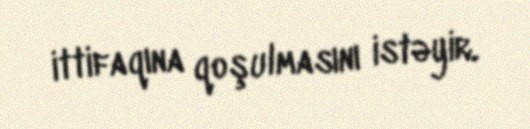
ittifaqına qoşulmasını istəyir.